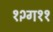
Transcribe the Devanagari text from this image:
१२ग११